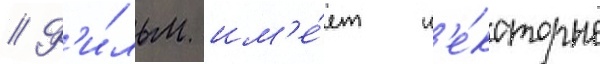
// Ф'и́льм им'е́ет н'е́которые